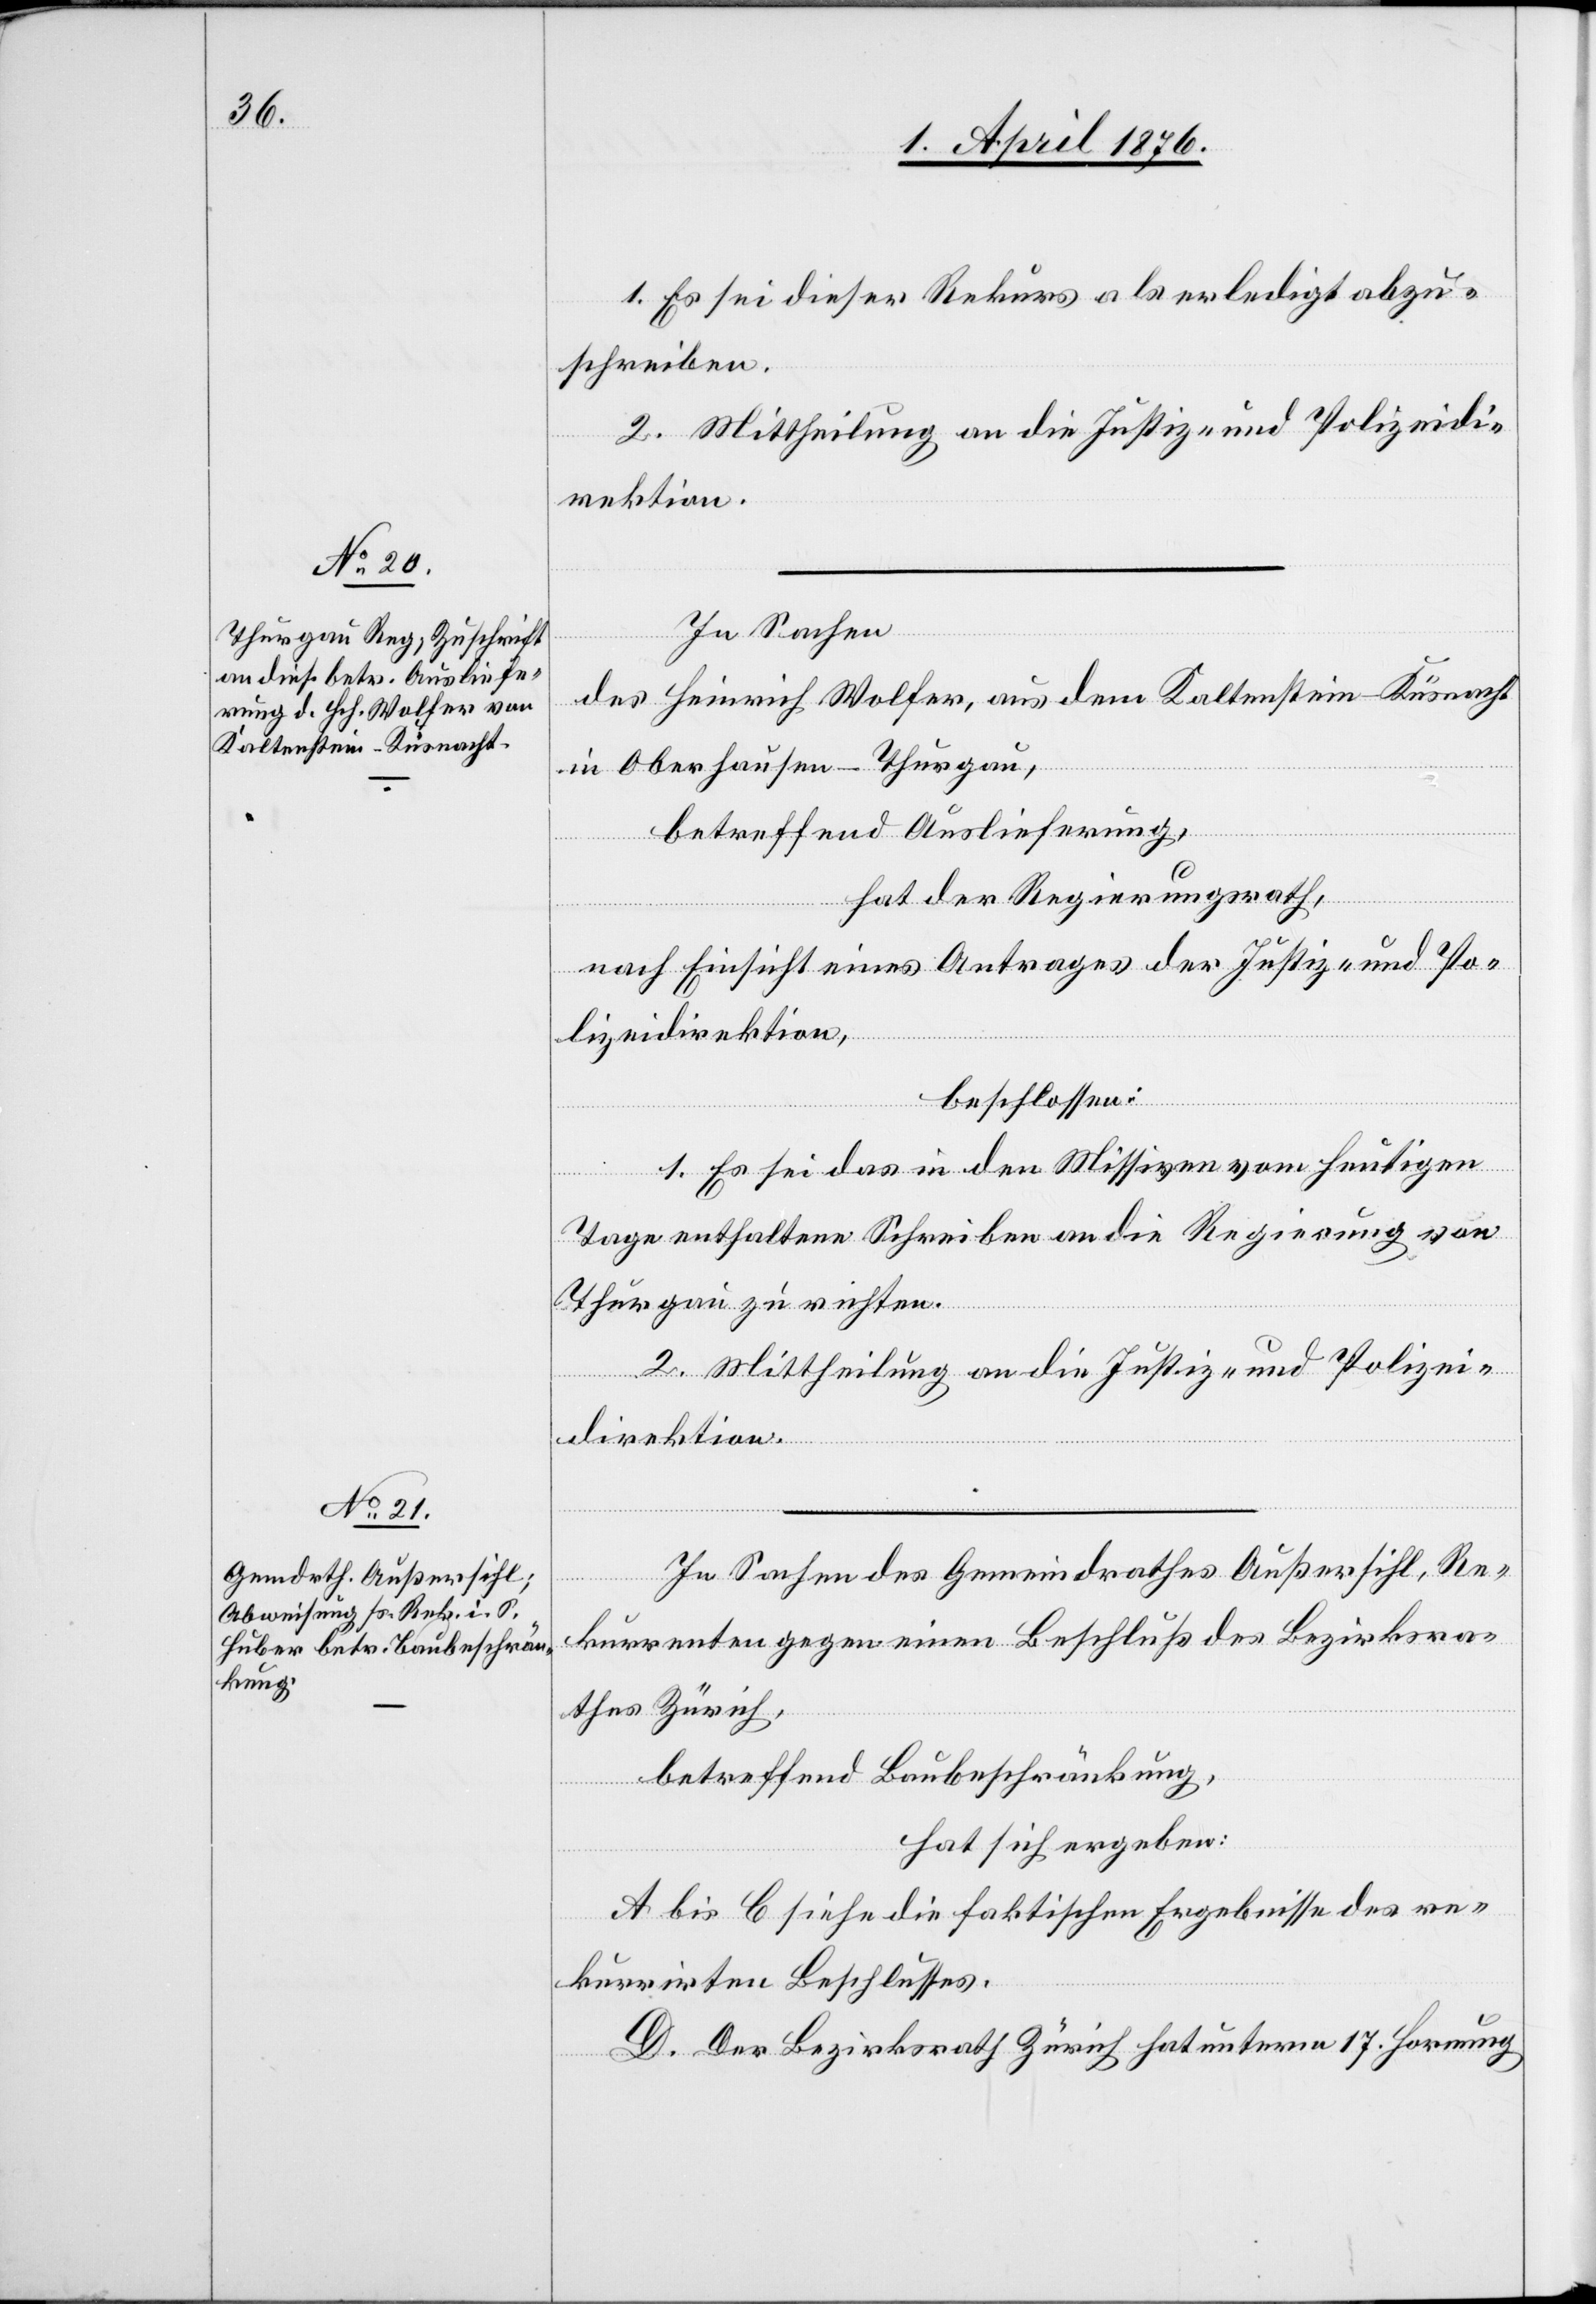
1. Es sei dieser Rekurs als erledigt abzu¬
schreiben.
2. Mittheilung an die Justiz- und Polizeidi¬
rektion.
In Sachen
des Heinrich Wolfer, aus dem Kaltenstein - Küsnacht
in Oberhausen - Thurgau,
betreffend Auslieferung,
hat der Regierungsrath,
nach Einsicht eines Antrages der Justiz- und Po¬
lizeidirektion,
beschlossen:
1. Es sei das in den Missiven vom heutigen
Tage enthaltene Schreiben an die Regierung von
Thurgau zu richten.
2. Mittheilung an die Justiz- und Polizei¬
direktion.
In Sachen des Gemeindrath Außersihl, Re¬
kurrenten gegen einen Beschluß des Bezirksra¬
thes Zürich,
betreffend Baubeschränkung,
hat sich ergeben:
A bis C siehe die faktischen Ergebnisse des re¬
kurrirten Beschlusses.
D. Der Bezirksrath Zürich hat unterm 17. Hornung